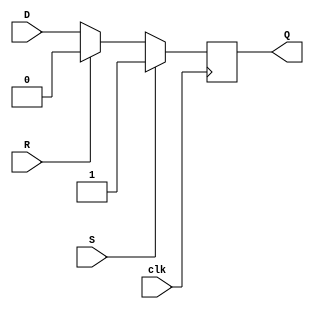
module d_flip_flop (
    input clk,
    input D,
    input S,
    input R,
    output reg Q
);

always @(posedge clk) begin
    if (S) begin
        Q <= 1;
    end else if (R) begin
        Q <= 0;
    end else begin
        Q <= D;
    end
end

endmodule